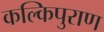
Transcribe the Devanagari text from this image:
कल्किपुराण